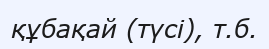
құбақай (түсі), т.б.